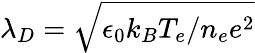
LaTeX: \lambda_{D}=\sqrt{\epsilon_{0}k_{B}T_{e}/n_{e}e^{2}}